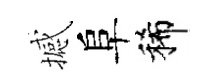
撼阜稀